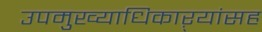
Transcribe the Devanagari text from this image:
उपमुख्याधिकाऱ्यांसह